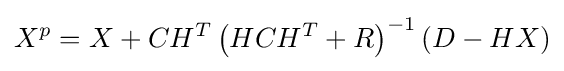
X^{p}=X+CH^{T}\left(HCH^{T}+R\right)^{-1}(D-HX)